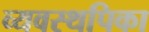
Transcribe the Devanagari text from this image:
व्यवस्थपिका